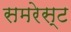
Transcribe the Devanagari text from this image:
समरेस्ट